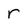
Character: r